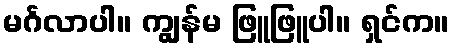
မင်္ဂလာပါ။ ကျွန်မ ဖြူဖြူပါ။ ရှင်က။